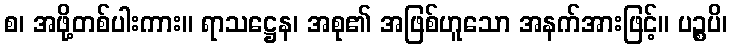
စ၊ အဖို့တစ်ပါးကား။ ရာသဋ္ဌေန၊ အစု၏ အဖြစ်ဟူသော အနက်အားဖြင့်။ ပဉ္စပိ၊